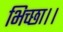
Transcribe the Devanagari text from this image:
भिच्‍छा।।